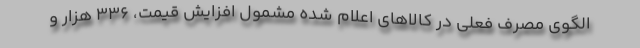
الگوی مصرف فعلی در کالاهای اعلام شده مشمول افزایش قیمت، ۳۳۶ هزار و